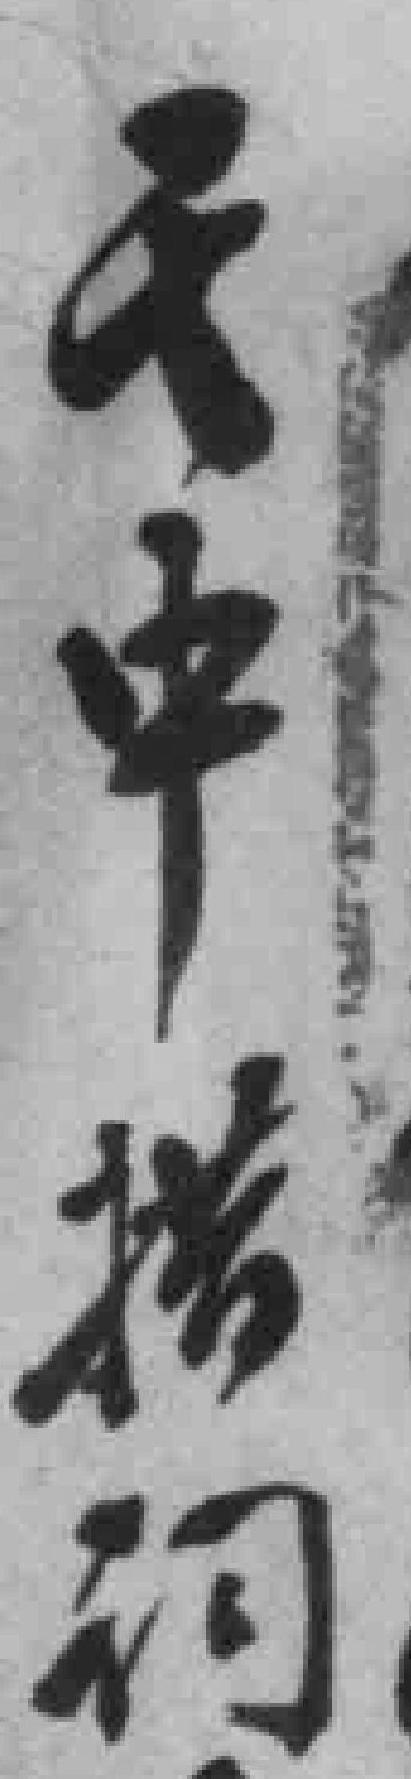
*中措词